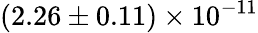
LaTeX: (2.26\pm 0.11)\times 10^{-11}